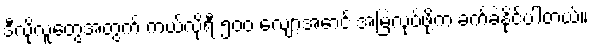
ဒီလိုလူတွေအတွက် ကယ်လိုရီ ၅၀၀ လျော့အောင် အမြဲလုပ်ဖို့က ခက်ခဲနိုင်ပါတယ်။